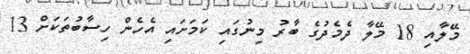
މޭލާއި 18 މޭލާ ދެމެދުގެ ބާރު މިނުގައި ކަމަށައި އެހެން ހިސާބުތަކަށް 13